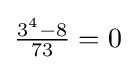
{\tfrac {3^{4}-8}{73}}=0